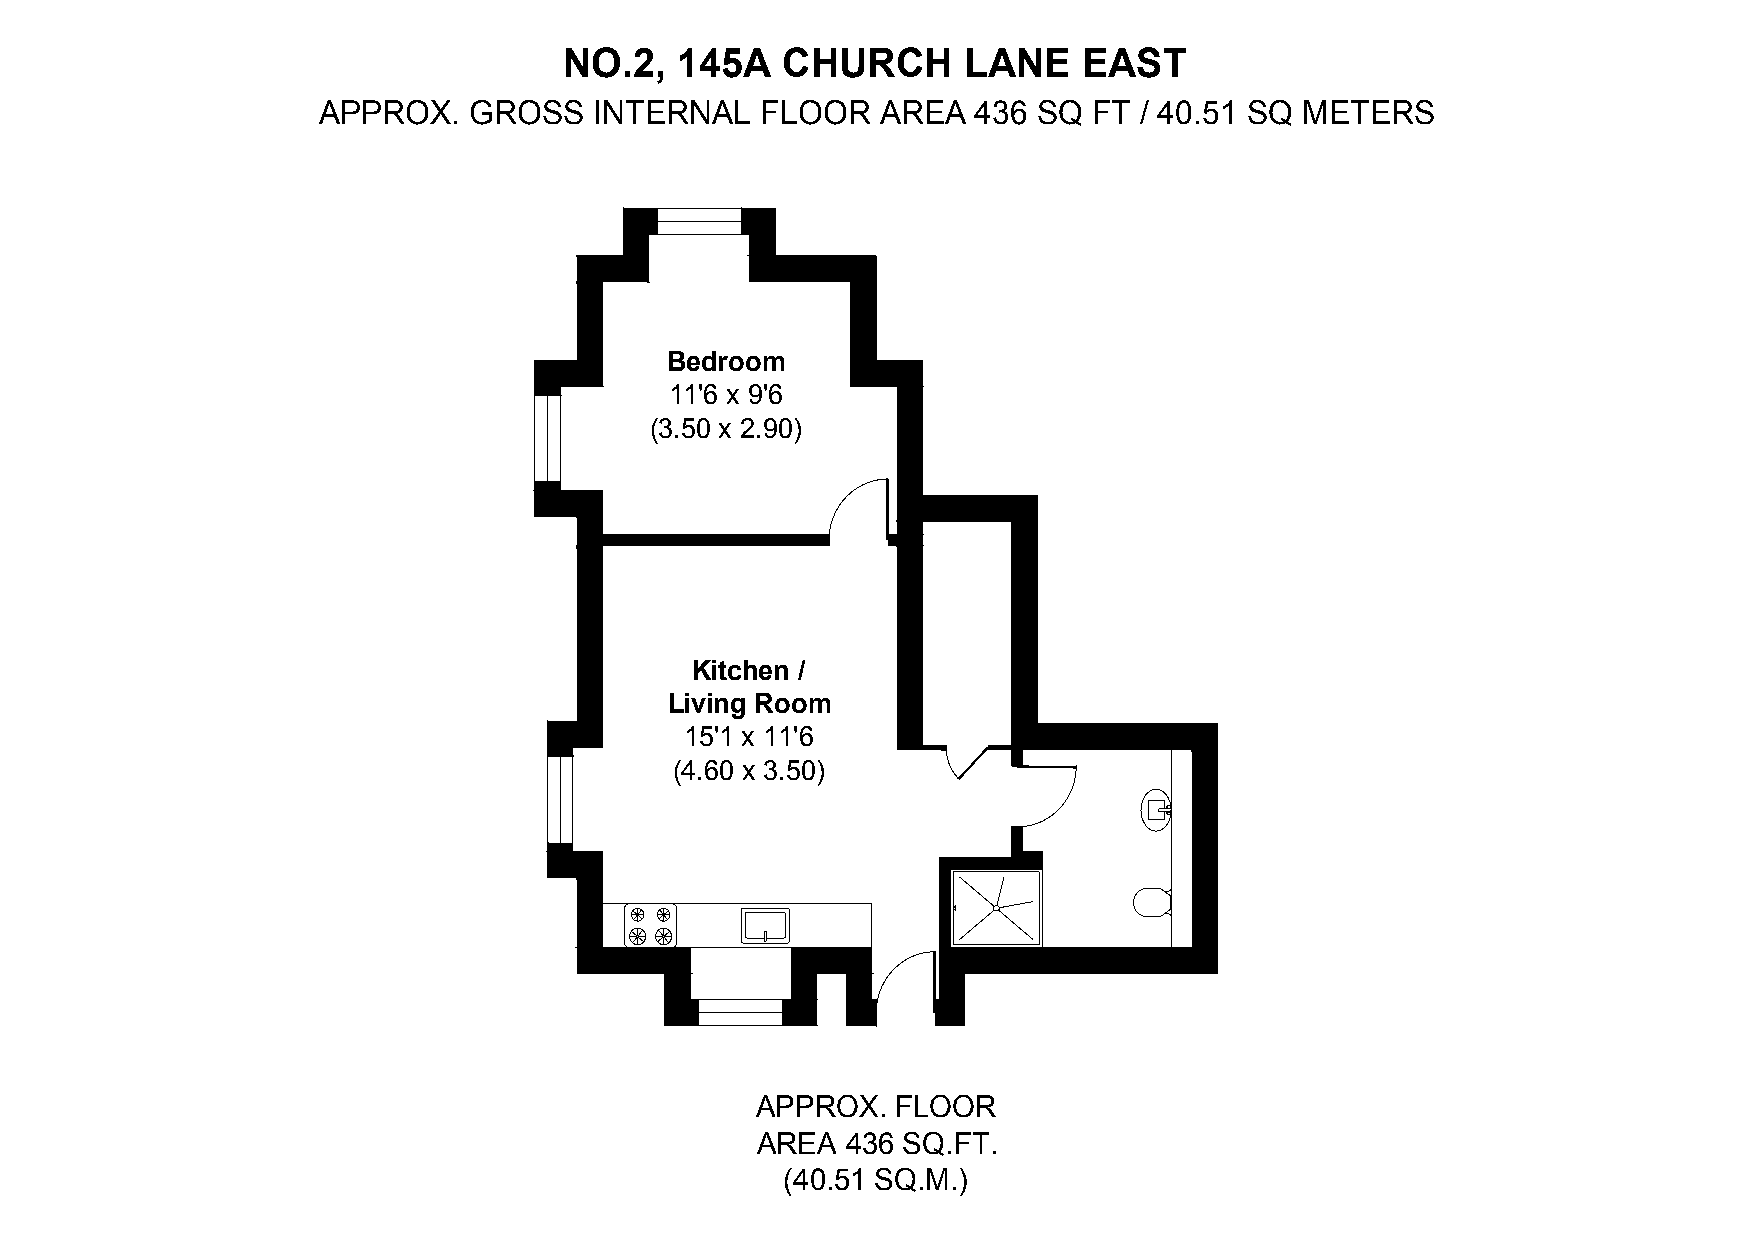
NO.2,   145A   CHURCH      LANE    EAST
 APPROX.   GROSS   INTERNAL   FLOOR   AREA   436 SQ FT  / 40.51 SQ METERS
 Bedroom
 11'6 x 9'6
 (3.50 x 2.90)
 Kitchen /
 Living Room
 15'1 x 11'6
 (4.60 x 3.50)
 APPROX.  FLOOR
 AREA  436 SQ.FT.
 (40.51 SQ.M.)